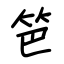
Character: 笆